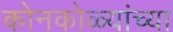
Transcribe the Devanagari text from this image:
कोनकोळ्यांच्या